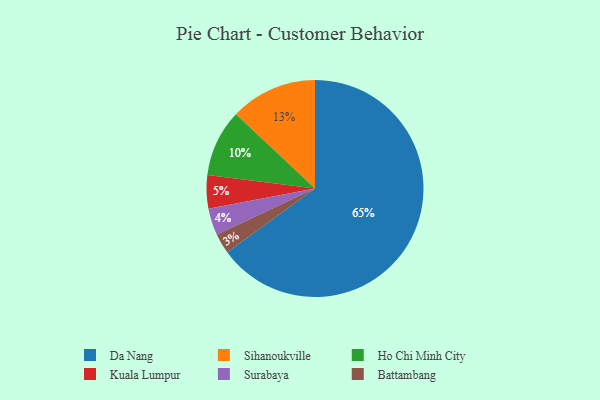
{"axis": {"x": "Category", "y": "Percentage"}, "legend": ["Battambang", "Da Nang", "Ho Chi Minh City", "Kuala Lumpur", "Sihanoukville", "Surabaya"], "data": [{"x": "Ho Chi Minh City", "y": 10, "type": "Ho Chi Minh City"}, {"x": "Surabaya", "y": 4, "type": "Surabaya"}, {"x": "Battambang", "y": 3, "type": "Battambang"}, {"x": "Kuala Lumpur", "y": 5, "type": "Kuala Lumpur"}, {"x": "Sihanoukville", "y": 13, "type": "Sihanoukville"}, {"x": "Da Nang", "y": 65, "type": "Da Nang"}]}